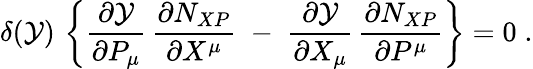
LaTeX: \delta({\cal Y})\, \left\{ \frac{\partial{\cal Y}}{\partial P_{\mu}}\, \frac{\partial N_{XP}}{\partial X^{\mu}}\; -\; \frac{\partial{\cal Y}}{\partial X_{\mu}}\, \frac{\partial N_{XP}}{\partial P^{\mu}}\right\} =0\; .